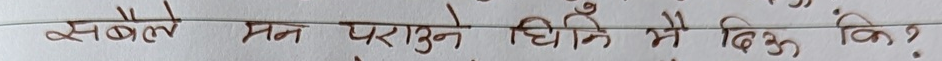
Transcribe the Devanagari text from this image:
सबैले मन पराउने घिमिरे मे बिऊ कि?